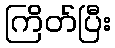
ကြိတ်ပြီး